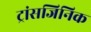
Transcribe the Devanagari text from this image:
ट्रांसजिनिक